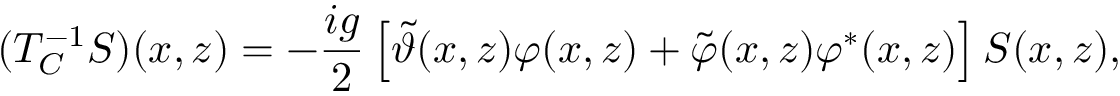
( T _ { C } ^ { - 1 } S ) ( x , z ) = - \frac { i g } { 2 } \left\lbrack \tilde { \vartheta } ( x , z ) \varphi ( x , z ) + \tilde { \varphi } ( x , z ) \varphi ^ { \ast } ( x , z ) \right\rbrack S ( x , z ) ,